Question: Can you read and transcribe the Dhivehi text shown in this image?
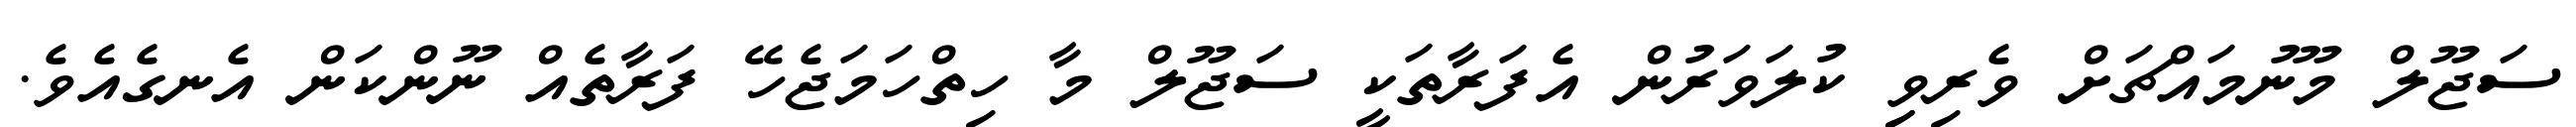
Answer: ސަޖޫލް މޫނުމައްޗަށް ވެރިވިި ކުލަވަރުން އެފަރާތަކީ ސަޖޫލް މާ ހިތްހަމަޖެހޭ ފަރާތެއް ނޫންކަން އެނގެއެވެ.